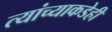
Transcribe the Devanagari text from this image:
त्यांच्याकडेही